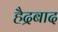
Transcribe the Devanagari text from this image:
हैद्रबाद